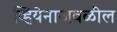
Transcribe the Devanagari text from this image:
व्हियेनाजवळील